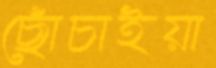
ছোঁচাইয়া